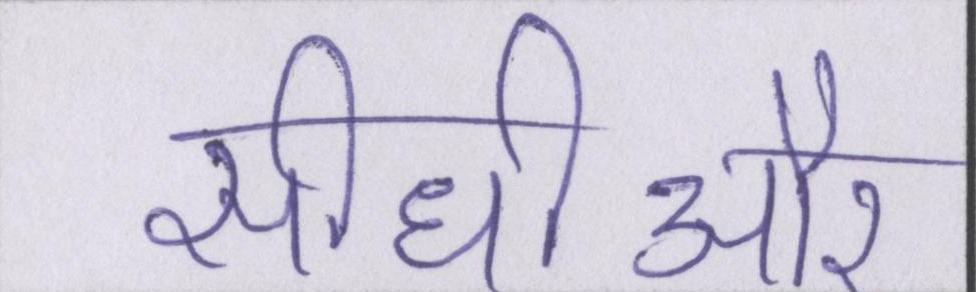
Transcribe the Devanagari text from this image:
सीधीऔर